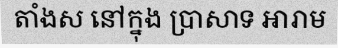
តាំងស នៅក្នុង ប្រាសាទ អារាម